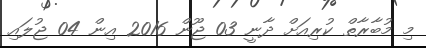
މި މުބާރާތް ކުރިއަށް ދާނީ 03 ޖޫން 2016 އިން 04 ޖުލައި